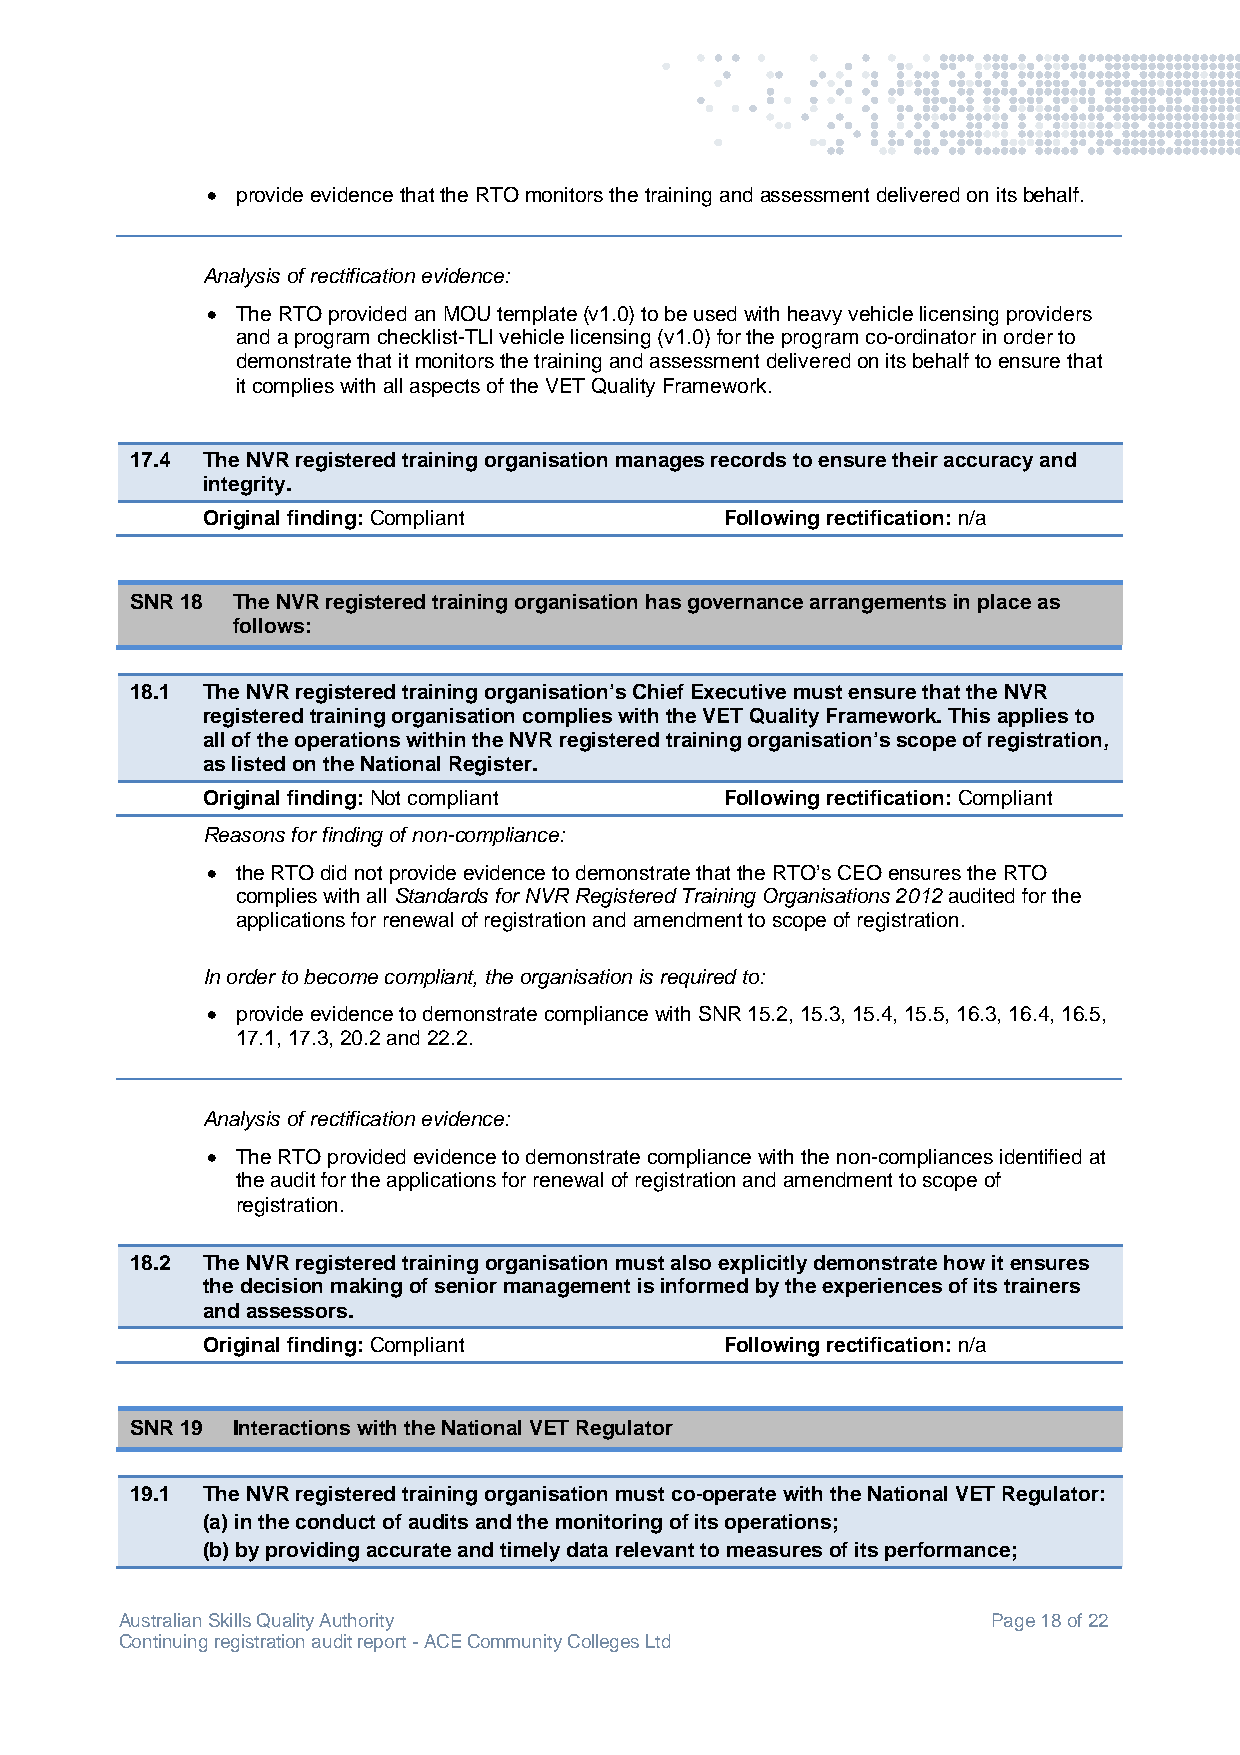
 provide evidence that the RTO monitors the training and assessment delivered on its behalf.
 Analysis of rectification evidence:
  The RTO provided an MOU template (v1.0) to be used with heavy vehicle licensing providers
 and a program checklist-TLI vehicle licensing (v1.0) for the program co-ordinator in order to
 demonstrate that it monitors the training and assessment delivered on its behalf to ensure that
 it complies with all aspects of the VET Quality Framework.
 17.4 The NVR registered training organisation manages records to ensure their accuracy and
 integrity.
 Original finding: Compliant        Following rectification: n/a
 SNR 18 The NVR registered training organisation has governance arrangements in place as
 follows:
 18.1 The NVR registered training organisation’s Chief Executive must ensure that the NVR
 registered training organisation complies with the VET Quality Framework. This applies to
 all of the operations within the NVR registered training organisation’s scope of registration,
 as listed on the National Register.
 Original finding: Not compliant    Following rectification: Compliant
 Reasons for finding of non-compliance:
  the RTO did not provide evidence to demonstrate that the RTO’s CEO ensures the RTO
 complies with all Standards for NVR Registered Training Organisations 2012 audited for the
 applications for renewal of registration and amendment to scope of registration.
 In order to become compliant, the organisation is required to:
  provide evidence to demonstrate compliance with SNR 15.2, 15.3, 15.4, 15.5, 16.3, 16.4, 16.5,
 17.1, 17.3, 20.2 and 22.2.
 Analysis of rectification evidence:
  The RTO provided evidence to demonstrate compliance with the non-compliances identified at
 the audit for the applications for renewal of registration and amendment to scope of
 registration.
 18.2 The NVR registered training organisation must also explicitly demonstrate how it ensures
 the decision making of senior management is informed by the experiences of its trainers
 and assessors.
 Original finding: Compliant        Following rectification: n/a
 SNR 19 Interactions with the National VET Regulator
 19.1 The NVR registered training organisation must co-operate with the National VET Regulator:
 (a) in the conduct of audits and the monitoring of its operations;
 (b) by providing accurate and timely data relevant to measures of its performance;
 Australian Skills Quality Authority                       Page 18 of 22
 Continuing registration audit report - ACE Community Colleges Ltd